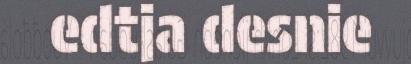
edtja desnie